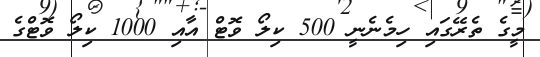
މީގެ ތެރޭގައި ހިމެނެނީ 500 ކިލޯ ވޮޓް އާއި 1000 ކިލޯ ވޮޓްގެ